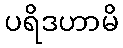
ပရိဒဟာမိ